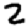
Digit: 2